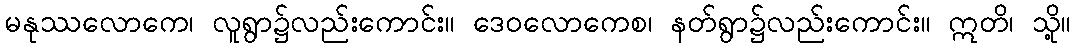
မနုဿလောကေ၊ လူရွာ၌လည်းကောင်း။ ဒေဝလောကေစ၊ နတ်ရွာ၌လည်းကောင်း။ ဣတိ၊ သို့။